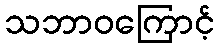
သဘာဝကြောင့်